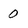
Character: 0